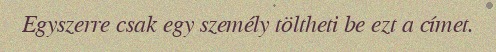
Egyszerre csak egy személy töltheti be ezt a címet.